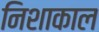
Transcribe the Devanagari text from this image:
निशाकाल